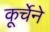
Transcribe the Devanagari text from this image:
कूर्चेने